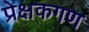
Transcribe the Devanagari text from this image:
प्रेक्षकगण